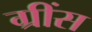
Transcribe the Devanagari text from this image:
ग्रींस